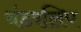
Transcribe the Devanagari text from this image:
थंडरलिप